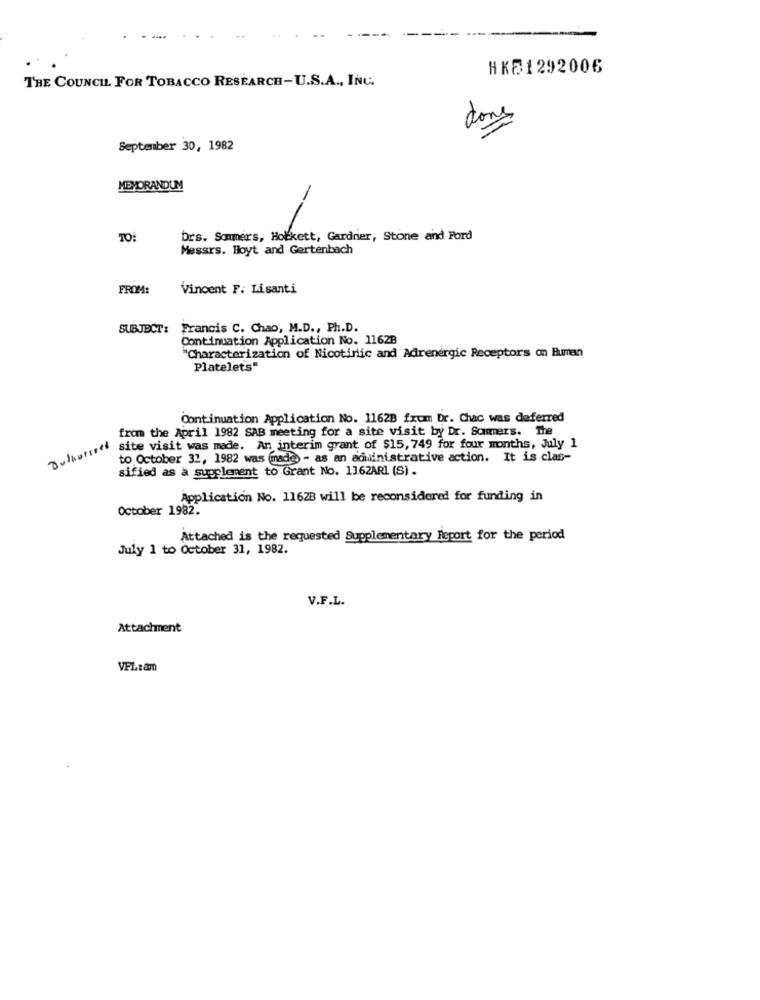
HK21292006
THE COUNCIL FOR TOBACCO RESEARCH-U.S.A ., INC.
done
September 30, 1982
MEMORANDUM
TO:
Drs. Sommers, Hotkett, Gardnier, Stone and Ford
Messrs. Hoyt and Gertenbach
FROM:
Vincent F. Lisanti
SUBJECT: Francis C. Chao, M.D ., Ph.D.
Continuation Application No. 11628
"Characterization of Nicotinic and Adrenergic Receptors on Human
Platelets"
Continuation Application No. 1162B from Dr. Chac was deferred
from the April 1982 SAB meeting for a site visit by Dr. Summers. The
site visit was made. An interim grant of $15, 749 for four months, July 1
to October 31, 1982 was (made - as an administrative action. It is clas-
sified as a supplement to Grant No. 13.62AR1 (S) .
Application No. 11628 will be reconsidered for funding in
October 1982.
Attached is the requested Supplementary Report for the period
July 1 to October 31, 1982.
V.F.L.
Attachment
VPL:am